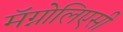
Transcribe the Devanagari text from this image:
मॅग्नोलिएसी